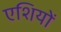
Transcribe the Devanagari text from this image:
एशियों